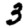
Digit: 3